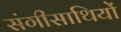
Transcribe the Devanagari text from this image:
संगीसाथियों